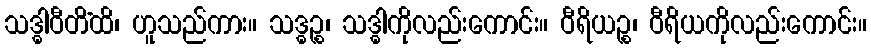
သဒ္ဓါဝီတိံထိ၊ ဟူသည်ကား။ သဒ္ဓဉ္စ၊ သဒ္ဓါကိုလည်းကောင်း။ ဝီရိယဉ္စ၊ ဝီရိယကိုလည်းကောင်း။